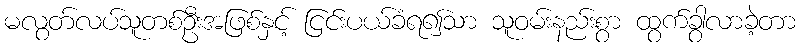
မလွတ်လပ်သူတစ်ဦးအဖြစ်နှင့် ငြင်းပယ်ခံရ၍သာ သူဝမ်းနည်းစွာ ထွက်ခွာလာခဲ့တာ